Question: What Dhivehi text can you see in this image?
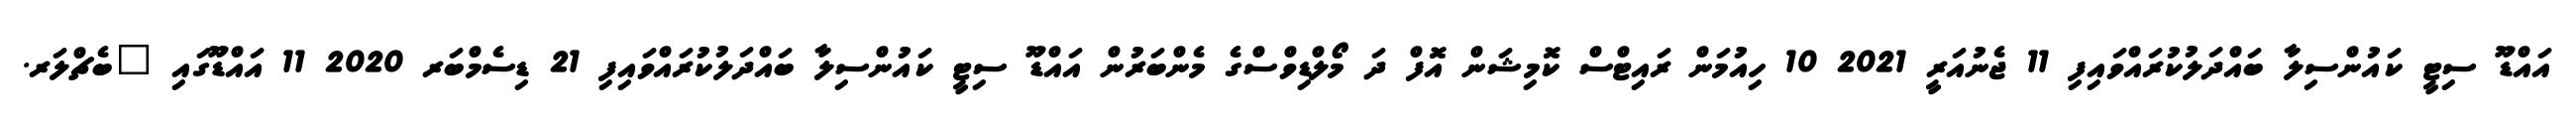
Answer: އައްޑޫ ސިޓީ ކައުންސިލާ ބައްދަލުކުރައްވައިފި 11 ޖެނުއަރީ 2021 10 ހިއުމަން ރައިޓްސް ކޮމިޝަން އޮފް ދަ މޯލްޑިވްސްގެ މެންބަރުން އައްޑޫ ސިޓީ ކައުންސިލާ ބައްދަލުކުރައްވައިފި 21 ޑިސެމްބަރ 2020 11 އައްޑޫގައި "ބެޗްލަރ.